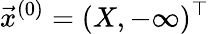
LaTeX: \vec{x}^{(0)}=(X,-\infty)^{\top}